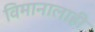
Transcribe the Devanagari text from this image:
विमानालाही